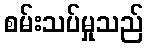
စမ်းသပ်မှုသည်